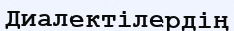
Диалектілердің